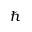
\hbar